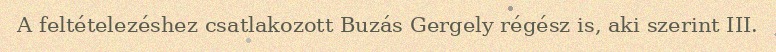
A feltételezéshez csatlakozott Buzás Gergely régész is, aki szerint III.